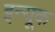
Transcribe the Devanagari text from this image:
इन्यूक